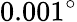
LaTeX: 0.001^{\circ}